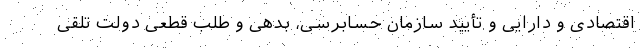
اقتصادی و دارایی و تأیید سازمان حسابرسی، بدهی و طلب قطعی دولت تلقی